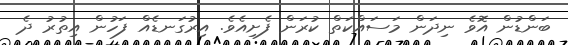
ބަންޑުން އޮވެ ނިދަން މަސައްކަތް ކުރަން ފެށިއެވެ. އިރުގަނޑެއް ފަހުން އިތުރު ދެ